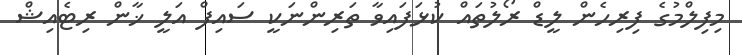
މިފިލްމުގެ ފިރިހެން ލީޑް ރޯލުތައް ކުޅަފައިވާ ތަރިންނަކީ ސައިފް އަލީ ޚާން ރިޓެއިޝް